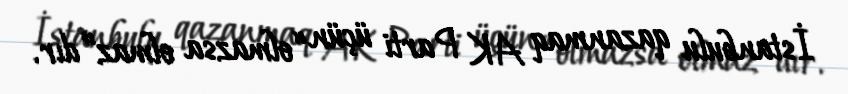
İstanbulu qazanmaq AK Parti üçün “olmazsa olmaz”dır.